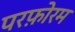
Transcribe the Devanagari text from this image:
परफ़ोरम